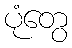
ပုံတွေ